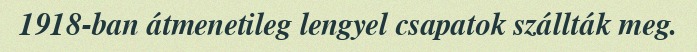
1918-ban átmenetileg lengyel csapatok szállták meg.